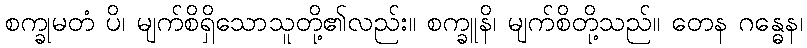
စက္ခုမတံ ပိ၊ မျက်စိရှိသောသူတို့၏လည်း။ စက္ခူနိ၊ မျက်စိတို့သည်။ တေန ဂန္ဓေန၊